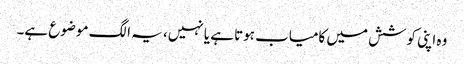
وہ اپنی کوشش میں کامیاب ہوتا ہے یا نہیں، یہ الگ موضوع ہے۔